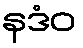
နဒံဝ